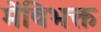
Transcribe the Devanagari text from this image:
मेंविभक्त